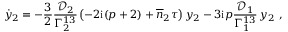
\dot { y } _ { 2 } = - \frac { 3 } { 2 } \frac { \mathcal { D } _ { 2 } } { \Gamma _ { 2 } ^ { 1 3 } } \left( - 2 \mathrm { i } ( p + 2 ) + \overline { { n } } _ { 2 } \tau \right) y _ { 2 } - 3 \mathrm { i } p \frac { \mathcal { D } _ { 1 } } { \Gamma _ { 1 } ^ { 1 3 } } \, y _ { 2 } \ ,